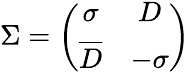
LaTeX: \Sigma=\left(\begin{array}{cc}{{\sigma}}&{{D}}\\ {{\overline{{D}}}}&{{-\sigma}}\end{array}\right)